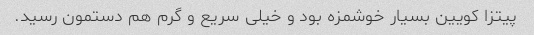
پیتزا کویین بسیار خوشمزه بود و خیلی سریع و گرم هم دستمون رسید.